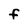
Character: F